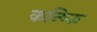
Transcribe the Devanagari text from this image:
कन्ष्कि